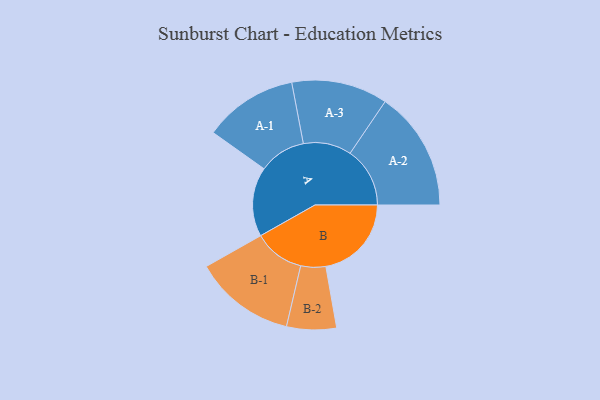
{"axis": {"x": "Segment", "y": "Value"}, "legend": ["", "A", "B"], "data": [{"x": "A", "y": 296, "type": ""}, {"x": "B", "y": 365, "type": ""}, {"x": "A-1", "y": 200, "type": "A"}, {"x": "A-2", "y": 255, "type": "A"}, {"x": "A-3", "y": 205, "type": "A"}, {"x": "B-1", "y": 216, "type": "B"}, {"x": "B-2", "y": 106, "type": "B"}]}